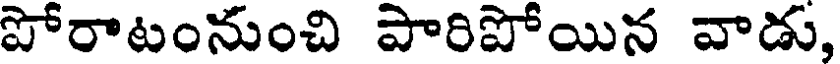
పోరాటంనుంచి పారిపోయిన వాడు,